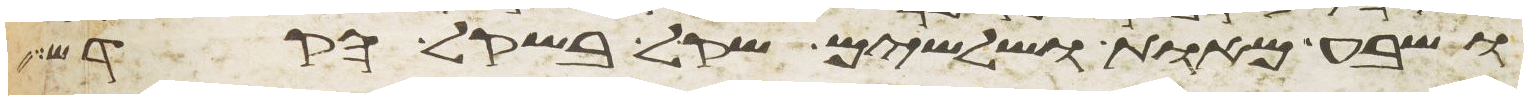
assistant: ושבע מאות ושלשים שקל בשקל הקדש